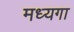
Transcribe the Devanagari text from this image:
मध्यगा